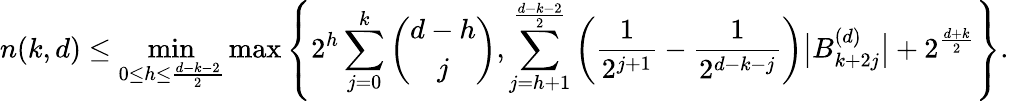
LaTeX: n(k,d)\le\operatorname*{min}_{0\le h\le\frac{d-k-2}{2}}\operatorname*{max}\left\{ 2^{h}\sum_{j=0}^{k}\binom{d-h}{j},\sum_{j=h+1}^{\frac{d-k-2}{2}}\bigg(\frac{1}{2^{j+1}}-\frac{1}{2^{d-k-j}}\bigg)\big|B_{k+2j}^{(d)}\big|+2^{\frac{d+k}{2}}\right\} .